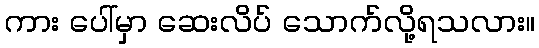
ကား ပေါ်မှာ ဆေးလိပ် သောက်လို့ရသလား။